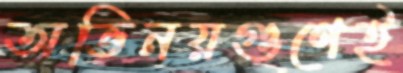
অভিনয়গুণেই